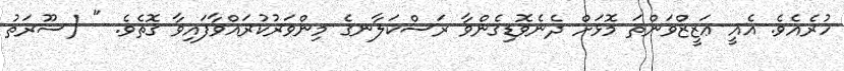
ހުރެއެވެ. އެއީ ޢަޒީޒްވަންތަ މޮޅަށް ދެނެވޮޑިގެންވާ ރަސްކަލާނގެ މިންވަރުކުރައްވާފައިވާ ގޮތެވެ. " (ސޫރަތު